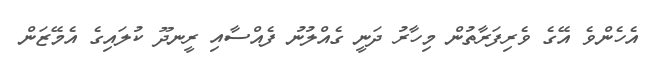
އެހެންވެ އޭގެ ވެރިފަރާތުން މިހާރު ދަނީ ގެއްލުނު ފެއްސާއި ރީނދޫ ކުލައިގެ އެމޭޒަން